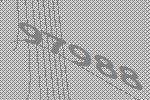
97988